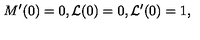
M ^ { \prime } ( 0 ) = 0 , { \cal L } ( 0 ) = 0 , { \cal L } ^ { \prime } ( 0 ) = 1 ,